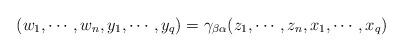
LaTeX: \begin{align*}(w_{1}, \cdots, w_{n}, y_{1}, \cdots, y_{q} ) = \gamma_{\beta \alpha}(z_{1},\cdots,z_{n},x_{1},\cdots,x_{q})\end{align*}